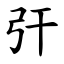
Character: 㢨